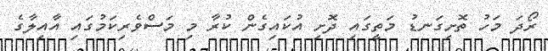
ރޯދަ މަހު ތޮށިގަނޑު މަތީގައި ދޮށި އުކައިގެން ކުރާ މި މަސްވެރިކަމުގައި އާއިލާގެ